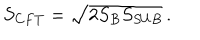
S _ { C F T } = \sqrt { 2 S _ { B } S _ { S U B } } \, .